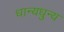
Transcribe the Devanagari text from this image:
धान्यधुन्य